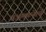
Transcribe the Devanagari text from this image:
वअमळनेरचे